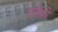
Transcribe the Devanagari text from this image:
गणिकी